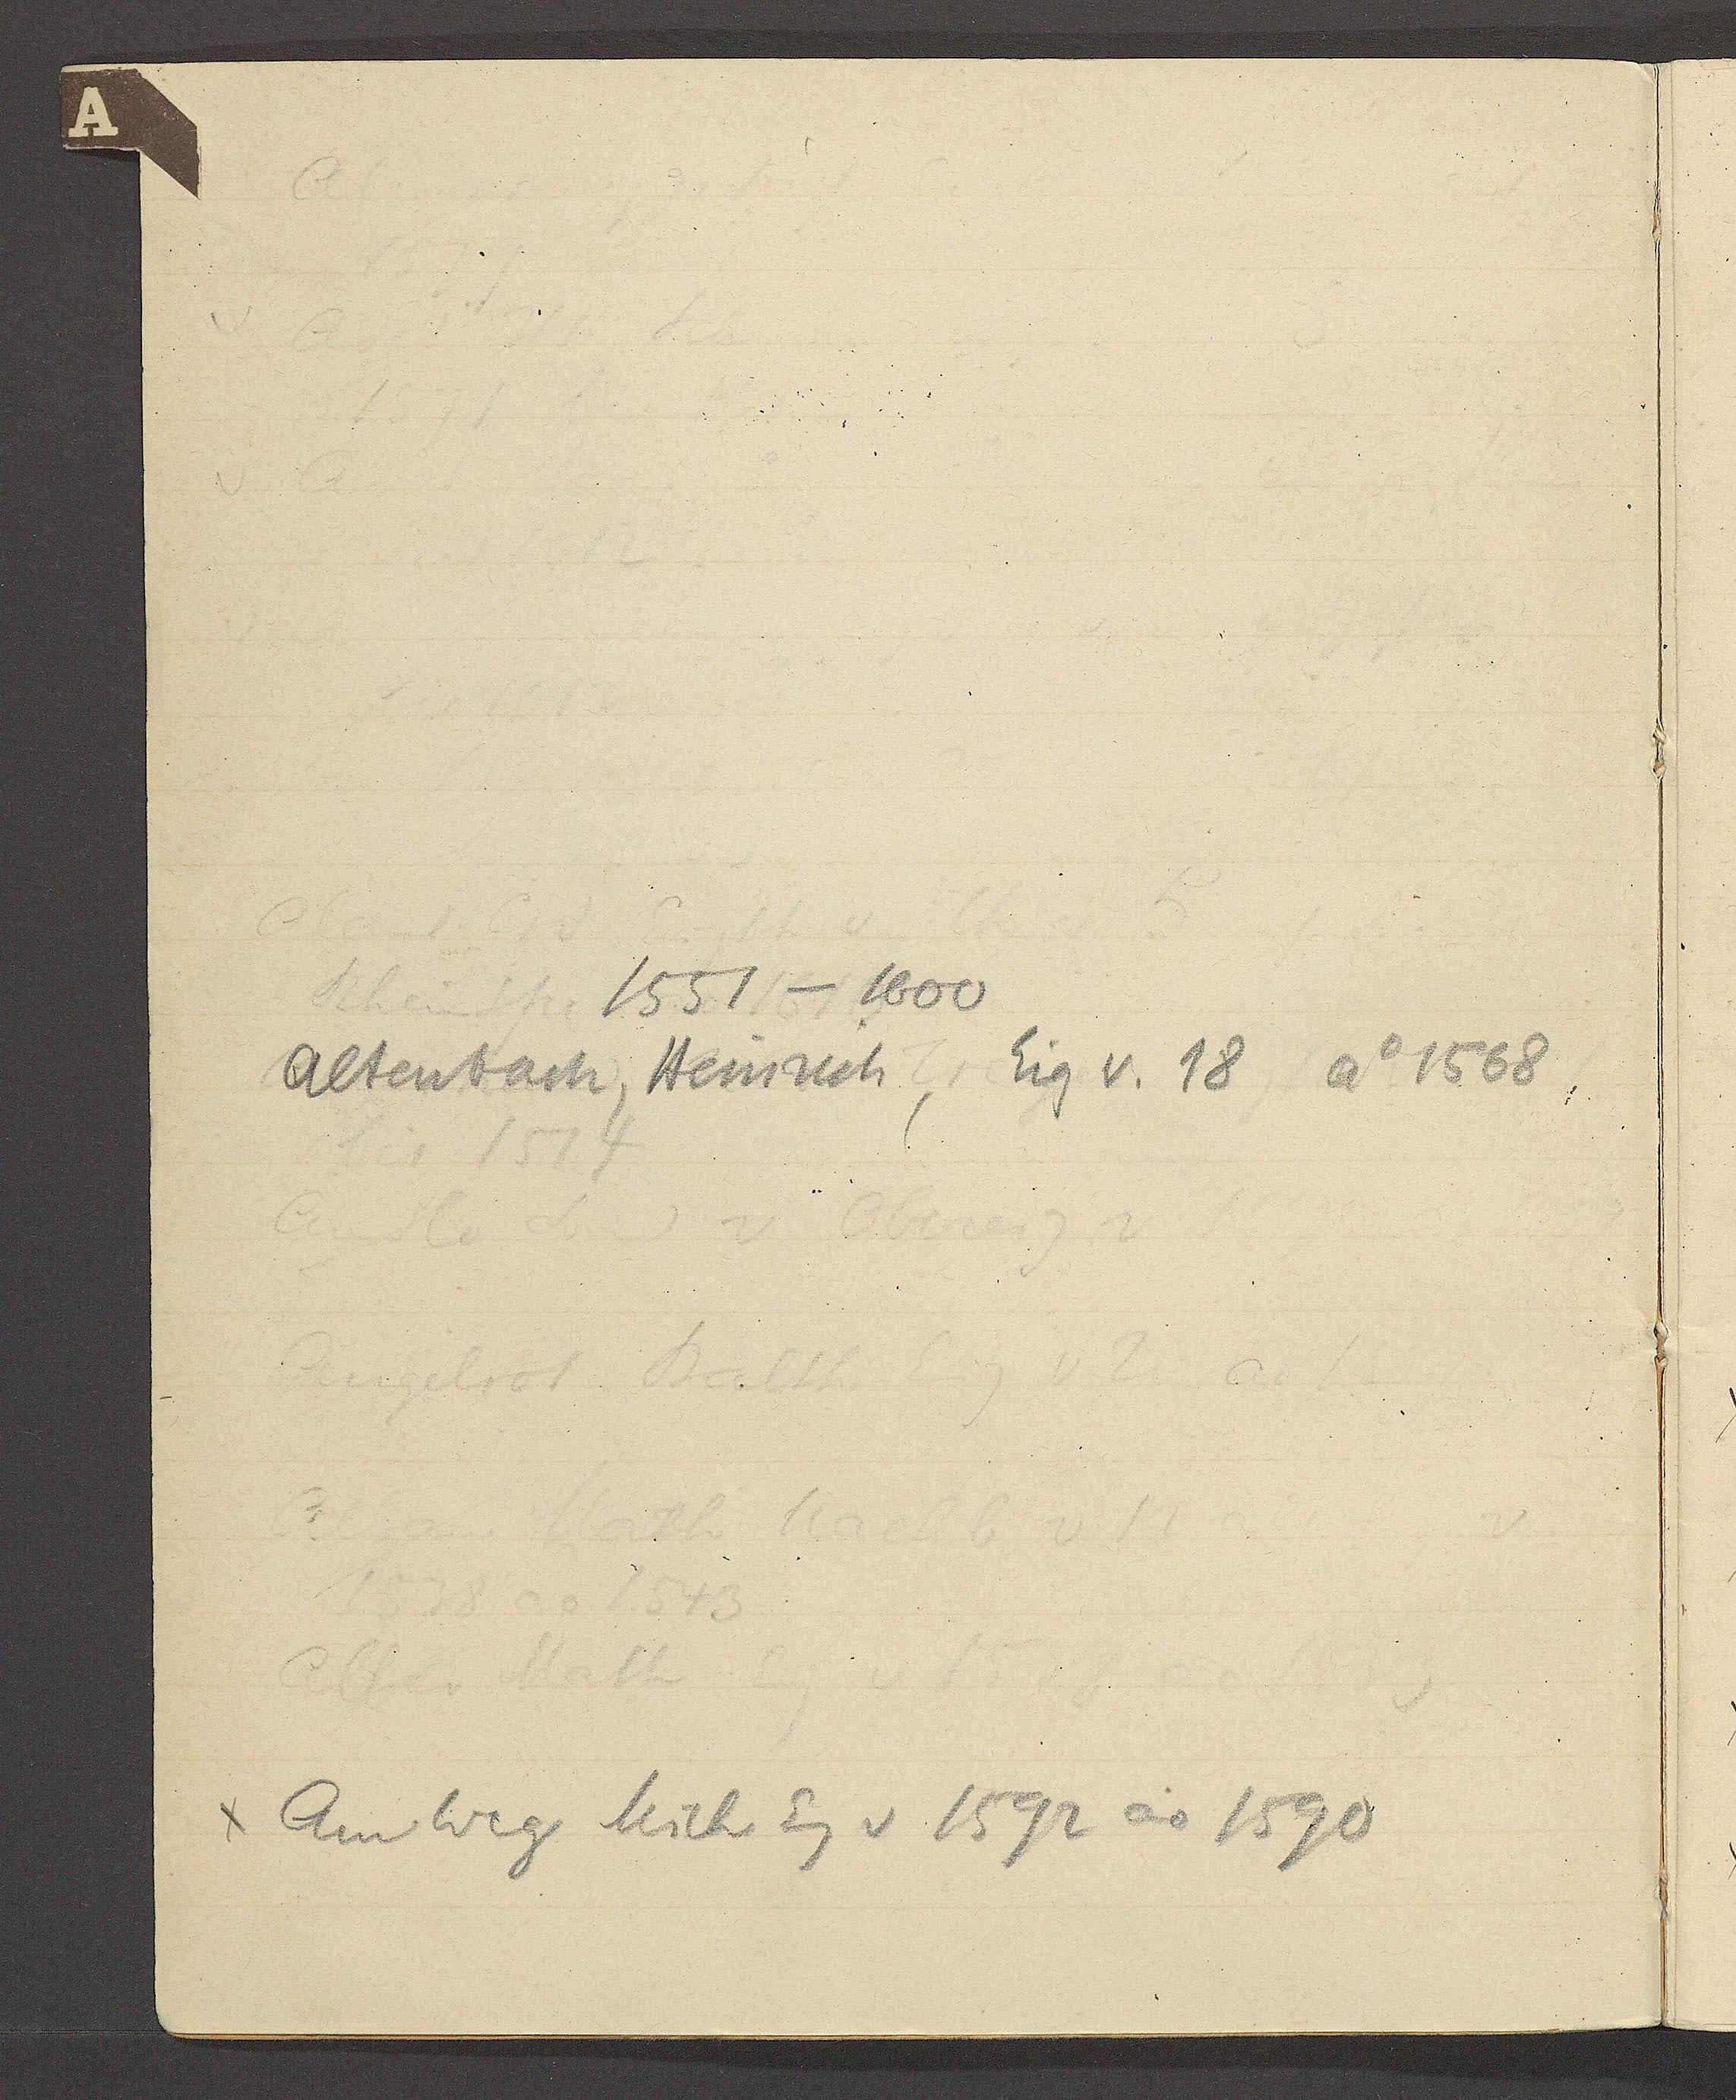
Transcript:
1551 – 1500

Altenbach, Heinrch, Eig v. 18 Ao 1568,

χ Am Weg Mich Eg v 1592 ao 1590